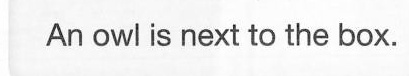
An owl is next to the box.